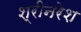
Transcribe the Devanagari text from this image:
श्रीनरेश